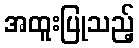
အထူးပြုသည့်